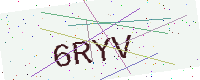
Text: 6RYV